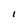
Character: I